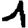
Digit: 1